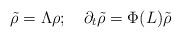
LaTeX: \begin{align*}\tilde\rho=\Lambda\rho;\quad\partial_t\tilde\rho=\Phi(L)\tilde\rho\end{align*}